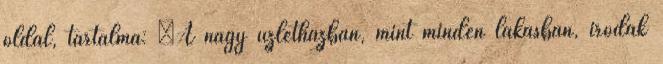
oldal, tartalma: „A nagy üzletházban, mint minden lakásban, irodák